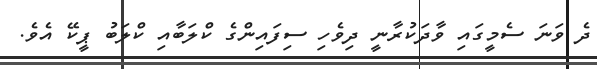
ދެ ވަނަ ސެމީގައި ވާދަކުރާނީ ދިވެހި ސިފައިންގެ ކްލަބާއި ކްލަބު ޕީކޭ އެވެ.